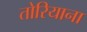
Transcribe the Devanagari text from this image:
तोरियाना